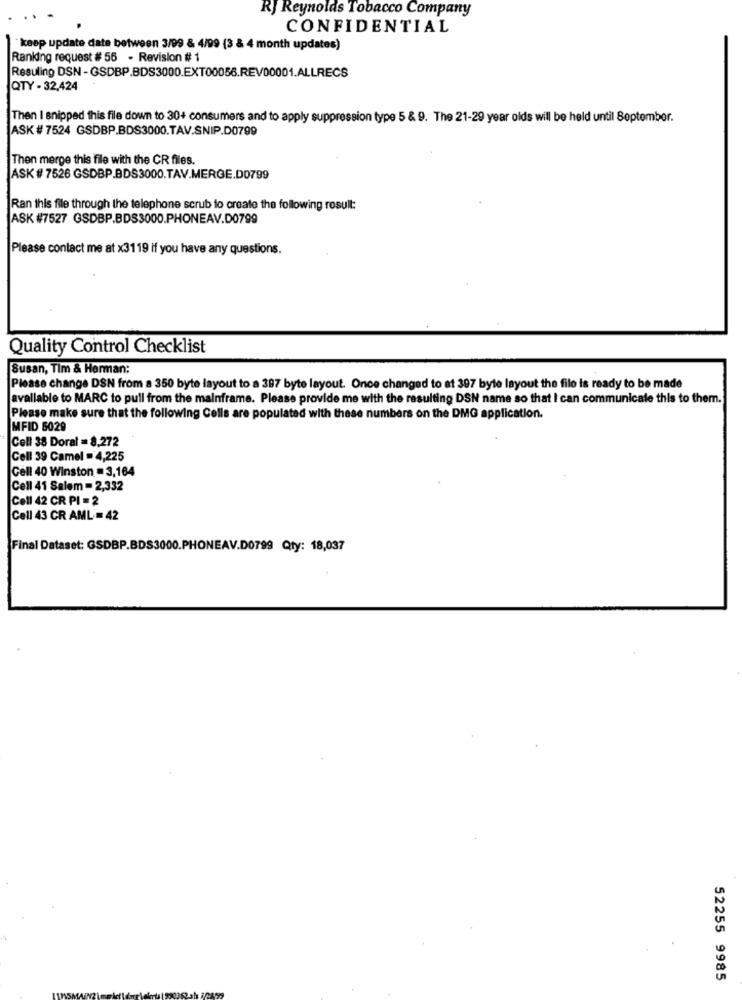
RJ Reynolds Tobacco Company
CONFIDENTIAL
keep update date between 3/99 & 4/99 (3 & 4 month updates)
Ranking request # 56 - Revision # 1
Resuling DSN-GSDBP.BDS3000.EXT00056.REV00001.ALLRECS
QTY - 32,424
Then I snipped this file down to 30+ consumers and to apply suppression type 5 & 9. The 21-29 year olds will be held until September.
ASK #7524 GSDBP.BDS3000.TAV.SNIP.D0799
Then merge this file with the CR files.
ASK # 7526 GSDBP.BDS3000.TAV.MERGE.D0799
Ran this file through the telephone scrub to create the following result:
ASK #7527 GSDBP.BDS3000.PHONEAV.D0799
Please contact me at x3119 if you have any questions.
Quality Control Checklist
Susan, Tim & Herman:
Please change DSN from a 350 byte layout to a 397 byte layout. Once changed to at 397 byte layout the file is ready to be made
avallable to MARC to pull from the mainframe. Please provide me with the resulting DSN name so that I can communicate this to them.
Please make sure that the following Cells are populated with these numbers on the DMG application.
MFID 6029
Cell 38 Doral = 8,272
Cell 39 Camel = 4,225
Cell 40 Winston = 3,164
Cell 41 Salem = 2,332
Cell 42 CR PI = 2
Cell 43 CR AML = 42
Final Dataset: GSDBP.BDS3000.PHONEAV.D0799 Qty: 18,037
52255 9985